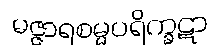
မဇ္ဇာရစမ္မပရိက္ခဋာ